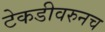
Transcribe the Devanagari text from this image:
टेकडीवरुनच